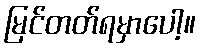
မြင်တတ်ရမှာပေါ့။